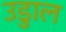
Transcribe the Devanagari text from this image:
उडुाल